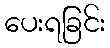
ပေးရခြင်း